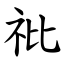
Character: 䃾